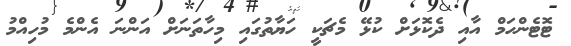
ޓޮޓެންހަމް އާއި ދެކޮޅަށް ކުޅޭ މެޗަކީ ހަޔާތުގައި މިހާތަނަށް އަންނަ އެންމެ މުހިއްމު